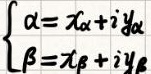
\[
\begin{cases}
\alpha = x_{\alpha}+iy_{\alpha}\\
\beta = x_{\beta}+iy_{\beta}
\end{cases}
\]